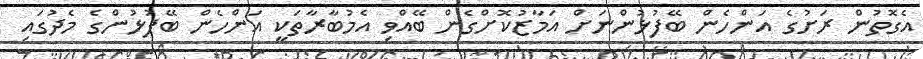
އެގޮތުން ރަށުގެ އަންހެން ބޭފުޅުންނަށް އަމާޒުކޮށްގެން ބޭއްވި އެމުބާރާތަކީ އަންހެން ބޭފުޅުންގެ މެދުގައި